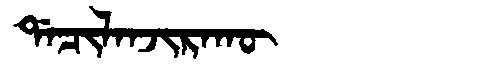
Manchu: ᡩᠠᠴᡳᠯᠠᠨᠵᡳᡵᠠᡴᡡ
Romanization: DACILANJIRAKŪ